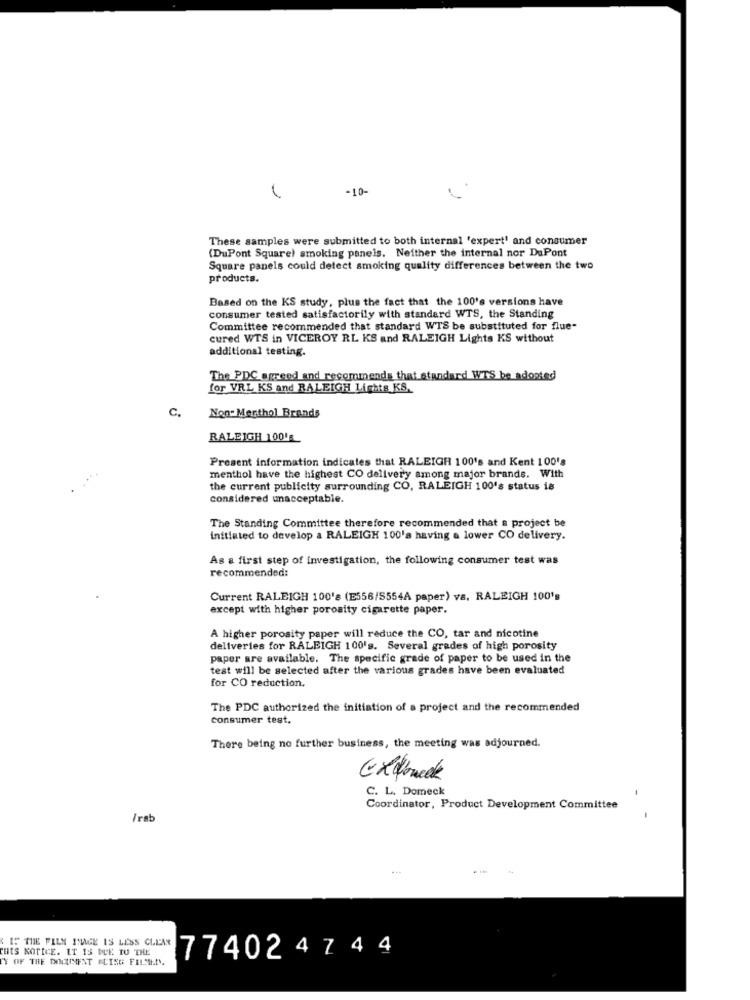
-10-
These samples were submitted to both internal 'expert' and consumer
(DuPont Square) smoking panels. Neither the internal nor DuPont
Square panels could detect smoking quality differences between the two
products.
Based on the KS study, plus the fact that the 100's versions have
consumer tested satisfactorily with standard WTS, the Standing
Committee recommended that standard WTS be substituted for flue-
cured WTS in VICEROY RL KS and RALEIGH Lights KS without
additional testing.
The PDC agreed and recommends that standard WTS be adopted
for VRL KS and RALEIGH Lights KS.
C.
Non- Menthol Brands
RALEIGH 100'
Present information indicates that RALEIGH 100's and Kent 100's
menthol have the highest CO delivery among major brands. With
the current publicity surrounding CO, RALEIGH 100's status is
considered unacceptable.
The Standing Committee therefore recommended that a project be
initiated to develop a RALEIGH 100'a having a lower CO delivery.
As a first step of investigation, the following consumer test was
recommended:
Current RALEIGH 100's (E556/5554A paper) vs, RALEIGH 100's
except with higher porosity cigarette paper.
A higher porosity paper will reduce the CO, tar and nicotine
deliveries for RALEIGH 100's. Several grades of high porosity
paper are available. The specific grade of paper to be used in the
test will be selected after the various grades have been evaluated
for CO reduction.
The PDC authorized the initiation of a project and the recommended
consumer test.
There being no further business, the meeting was adjourned.
EXelonedk
C. L. Domeck
Coordinator, Product Development Committee
/ rab
IS THE FILM IMAGE IS LESS CLEAR
THIS NOTICE. IT IS DUE TO THE
Y OF THE DOCUMENT ELING FILMEN.
774024 7 44